Annual report on the lock hospitals of the Madras Presidency
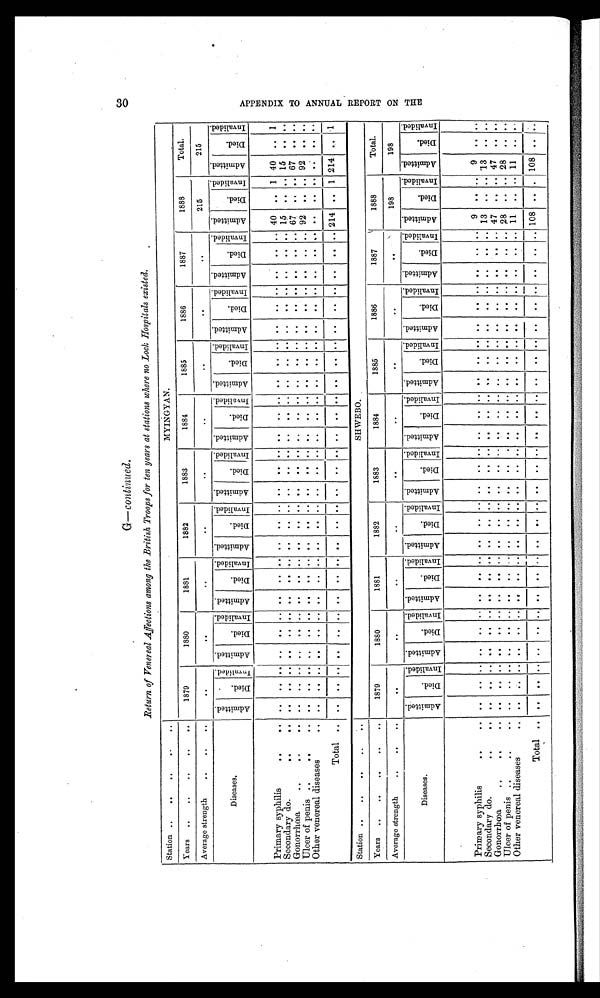
30
G—cont i nued.
Return of Venereal Affections among the British Troops for ten years at stations where no Lock Hospitals existed.
Station ..
..
. .
. .
..
MYINGYAN.
Years ..
..
..
..
. .
1879
1880
1881
1882
1883
1884
1885
1886
1887
1888
Total.
Average strength
..
..
..
. .
. .
. .
. .
. .
. .
. .
. .
. .
215
215
Diseases.
A d m i t t e d .
D i e d .
I n v a l i d e d .
A d m i t t e d .
D i e d .
I nva l i de d.
A d m i t t e d .
D i e d .
I n v a l i d e d .
A d m i t t e d .
D i e d .
I n v a l i d e d .
A d m i t t e d .
D i e d .
I n v a l i d e d .
A d m i t t e d .
D i e d .
Invalided.
A d m i t t e d .
D i e d .
I n v a l i d e d .
A d m i t t e d .
D i e d .
I n v a l i d e d .
A d m i t t e d .
D i e d .
I n v a l i d e d .
A d m i t t e d .
D i e d .
I n v a l i d e d .
A d m i t t e d .
D i e d .
I nval i ded.
40 .. 1 40 .. 1
Pri mary syphi l i s
. .
. .
. .
. . . . . .
. . ..
..
..
..
. .
. .
. .
. .
..
..
. .
..
..
..
. .
. .
. .
. .
. .
. .
. .
. . 15
. .
. . 15
. . ..
Secondary do.
. .
. .
. .
. . . . . .
. . ..
..
. .
. .
. .
. .
. .
. .
. .
. .
. .
. .
..
..
. .
. .
. .
. .
. .
. .
. .
. . 67
. .
. . 67
. . ..
G o n o r r h œ a
. .
. .
. .
. .
. .
. .
. . ..
..
. .
. .
. .
. .
. .
. .
. .
. .
. .
. .
..
..
. .
. .
. .
. .
. .
. .
. .
. . 92 .. .. 92
. . ..
Other venereal diseases
. . . .
. .
. .
. .
. . ..
. .
. .
. .
. .
. .
. .
. .
. .
. .
. .
. .
..
..
. .
. .
. .
. .
. .
. .
. .
. .
. .
..
. .
. .
. .
..
Total
. .
. .
. .
. .
. .
. . ..
. .
..
..
..
. .
..
. .
..
. .
. .
..
..
..
..
..
..
..
..
. .
..
..
214
..
1 214
. .
1
Station
. .
. .
. .
SHWEBO.
Years
. .
. .
. .
1879
1880
1881
1882
1883
1884
1885
1886
1887
1888
Total.
Average strength
..
..
..
. .
. .
. .
. .
. .
. .
. .
. .
. .
198
198
Diseases
A d m i t t e d .
D i e d .
I n v a l i d e d .
A d m i t t e d .
D i e d .
I nval i ded.
A d m i t t e d .
D i e d .
I n v a l i d e d .
A d m i t t e d .
D i e d .
I n v a l i d e d .
A d m i t t e d .
D i e d .
I n v a l i d e d .
A d m i t t e d .
D i e d .
I nval i ded.
A d m i t t e d .
D i e d .
I n v a l i d e d .
A d m i t t e d .
D i e d .
I n v a l i d e d .
A d m i t t e d .
Di e d .
I n v a l i d e d .
A d m i t t e d .
D i e d .
I n v a l i d e d .
A d m i t t e d .
D i e d .
I nval i ded.
Primary syphilis
. .
. .
. .
. . . .
. .
. . ..
. .
. .
. .
. .
. .
. .
. .
. .
. .
. .
. . ..
. .
. .
. .
. .
. .
. .
. .
. .
. .
9
. .
. . 9
. . ..
Secondary do.
. .
. .
..
..
. .
. .
..
..
. .
. .
. .
. .
..
. .
..
..
. .
. .
..
..
. .
..
..
..
..
..
. .
..
..
13
. .
. . . . 13
. . . . ..
Gonorrhœa
. .
. .
. .
. . . .
. .
. . ..
. .
. .
. .
..
. .
..
. .
. .
. .
..
..
..
. .
..
..
..
..
..
. .
. . . . 47
. .
. . . . 47
. . . . ....
U l c e r o f p e n i s
. .
. .
. .
. .
. .
. .
. . ..
. .
..
..
..
. .
..
. .
..
..
. .
..
..
. .
..
..
..
..
..
. .
..
..
28
. .
. . 28
. . ..
Other venereal diseases
. .
. .
. .
..
. .
. . ..
..
..
..
..
. .
..
. .
..
..
. .
..
..
. .
. .
. .
. .
. .
. .
. .
. .
. .
11
. .
. . 11
. .
..
Total
. .
. .
. .
. .
. .
. .
..
. .
. .
. .
. .
. .
. .
. .
. .
. .
. .
. . ..
. .
. .
. .
. .
. .
. .
. .
. .
. . 108
. . . . 108 . . ..
A P P E N D I X T O A N N U A L R E P O R T O N T H E